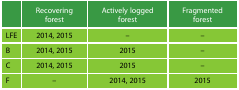
<table><thead><tr><td></td><td><b>Recovering forest</b></td><td><b>Actively logged forest</b></td><td><b>Fragmented forest</b></td></tr></thead><tbody><tr><td>LFE</td><td>2014, 2015</td><td>–</td><td>–</td></tr><tr><td>B</td><td>2014, 2015</td><td>2015</td><td>–</td></tr><tr><td>C</td><td>2014, 2015</td><td>2015</td><td>–</td></tr><tr><td>F</td><td>–</td><td>2014, 2015</td><td>2015</td></tr></tbody></table>